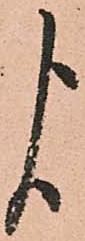
よ